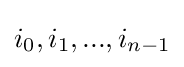
i_{0},i_{1},...,i_{n-1}